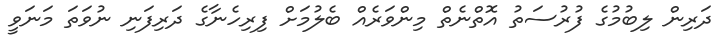
ދަރިން ލިބުމުގެ ފުރުސަތު އޮތްނެތް މިންވަރެއް ބެލުމަށް ފިރިހެނާގެ ދަރިފަނި ނުވަތަ މަނަވީ